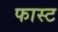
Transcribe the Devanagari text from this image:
फास्‍ट